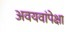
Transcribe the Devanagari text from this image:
अवयवांपेक्षा